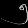
Digit: ၅